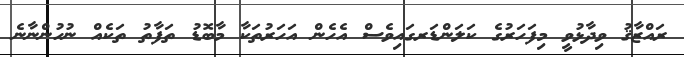
ރައްޒާޤު ވިދާޅުވީ މިފަހަރުގެ ކަލަންޑަރގައިވެސް އެހެން އަހަރުތަކާ މާބޮޑު ތަފާތު ތަކެއް ނުހުންނާނެ